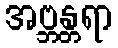
အဗ္ဘန္တရာ